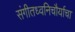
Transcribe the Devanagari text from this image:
संगीतध्वनिचौर्याचा